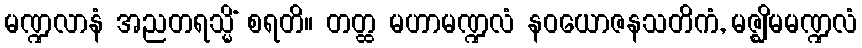
မဏ္ဍလာနံ အညတရသ္မိံ စရတိ။ တတ္ထ မဟာမဏ္ဍလံ နဝယောဇနသတိကံ, မဇ္ဈိမမဏ္ဍလံ